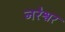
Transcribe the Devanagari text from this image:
नरेश्वर